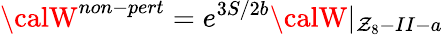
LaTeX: {\calW}^{non-pert}=e^{3S/2b}{\calW}|_{\mathcal{Z}_{8}-II-a}